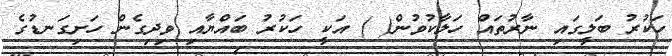
ހަކުރު ބަލީގައި ނާރުތައް ހަލާކުވުން( ) އަކީ ހަކުރު ބައްޔާއި ވިދިގެން ހަށިގަނޑުގެ